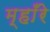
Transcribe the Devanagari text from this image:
म्हाँरे